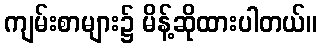
ကျမ်းစာများ၌ မိန့်ဆိုထားပါတယ်။